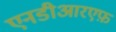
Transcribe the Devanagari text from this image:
एनडीआरएफ़